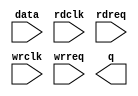
// megafunction wizard: %FIFO%VBB%
// GENERATION: STANDARD
// VERSION: WM1.0
// MODULE: dcfifo 

// ============================================================
// Megafunction Name(s):
// 			dcfifo
//
// Simulation Library Files(s):
// 			
// ============================================================
// ************************************************************
// THIS IS A WIZARD-GENERATED FILE. DO NOT EDIT THIS FILE!
//
// 18.1.0 Build 625 09/12/2018 SJ Standard Edition
// ************************************************************

//Copyright (C) 2018  Intel Corporation. All rights reserved.
//Your use of Intel Corporation's design tools, logic functions 
//and other software and tools, and its AMPP partner logic 
//functions, and any output files from any of the foregoing 
//(including device programming or simulation files), and any 
//associated documentation or information are expressly subject 
//to the terms and conditions of the Intel Program License 
//Subscription Agreement, the Intel Quartus Prime License Agreement,
//the Intel FPGA IP License Agreement, or other applicable license
//agreement, including, without limitation, that your use is for
//the sole purpose of programming logic devices manufactured by
//Intel and sold by Intel or its authorized distributors.  Please
//refer to the applicable agreement for further details.

module fifo_gtx_adc (
	data,
	rdclk,
	rdreq,
	wrclk,
	wrreq,
	q);

	input	[79:0]  data;
	input	  rdclk;
	input	  rdreq;
	input	  wrclk;
	input	  wrreq;
	output	[79:0]  q;

endmodule

// ============================================================
// CNX file retrieval info
// ============================================================
// Retrieval info: PRIVATE: AlmostEmpty NUMERIC "0"
// Retrieval info: PRIVATE: AlmostEmptyThr NUMERIC "-1"
// Retrieval info: PRIVATE: AlmostFull NUMERIC "0"
// Retrieval info: PRIVATE: AlmostFullThr NUMERIC "-1"
// Retrieval info: PRIVATE: CLOCKS_ARE_SYNCHRONIZED NUMERIC "1"
// Retrieval info: PRIVATE: Clock NUMERIC "4"
// Retrieval info: PRIVATE: Depth NUMERIC "32"
// Retrieval info: PRIVATE: Empty NUMERIC "1"
// Retrieval info: PRIVATE: Full NUMERIC "1"
// Retrieval info: PRIVATE: INTENDED_DEVICE_FAMILY STRING "Arria V"
// Retrieval info: PRIVATE: LE_BasedFIFO NUMERIC "0"
// Retrieval info: PRIVATE: LegacyRREQ NUMERIC "0"
// Retrieval info: PRIVATE: MAX_DEPTH_BY_9 NUMERIC "0"
// Retrieval info: PRIVATE: OVERFLOW_CHECKING NUMERIC "0"
// Retrieval info: PRIVATE: Optimize NUMERIC "2"
// Retrieval info: PRIVATE: RAM_BLOCK_TYPE NUMERIC "0"
// Retrieval info: PRIVATE: SYNTH_WRAPPER_GEN_POSTFIX STRING "0"
// Retrieval info: PRIVATE: UNDERFLOW_CHECKING NUMERIC "0"
// Retrieval info: PRIVATE: UsedW NUMERIC "1"
// Retrieval info: PRIVATE: Width NUMERIC "80"
// Retrieval info: PRIVATE: dc_aclr NUMERIC "0"
// Retrieval info: PRIVATE: diff_widths NUMERIC "0"
// Retrieval info: PRIVATE: msb_usedw NUMERIC "0"
// Retrieval info: PRIVATE: output_width NUMERIC "80"
// Retrieval info: PRIVATE: rsEmpty NUMERIC "0"
// Retrieval info: PRIVATE: rsFull NUMERIC "0"
// Retrieval info: PRIVATE: rsUsedW NUMERIC "0"
// Retrieval info: PRIVATE: sc_aclr NUMERIC "0"
// Retrieval info: PRIVATE: sc_sclr NUMERIC "0"
// Retrieval info: PRIVATE: wsEmpty NUMERIC "0"
// Retrieval info: PRIVATE: wsFull NUMERIC "0"
// Retrieval info: PRIVATE: wsUsedW NUMERIC "0"
// Retrieval info: LIBRARY: altera_mf altera_mf.altera_mf_components.all
// Retrieval info: CONSTANT: INTENDED_DEVICE_FAMILY STRING "Arria V"
// Retrieval info: CONSTANT: LPM_NUMWORDS NUMERIC "32"
// Retrieval info: CONSTANT: LPM_SHOWAHEAD STRING "ON"
// Retrieval info: CONSTANT: LPM_TYPE STRING "dcfifo"
// Retrieval info: CONSTANT: LPM_WIDTH NUMERIC "80"
// Retrieval info: CONSTANT: LPM_WIDTHU NUMERIC "5"
// Retrieval info: CONSTANT: OVERFLOW_CHECKING STRING "ON"
// Retrieval info: CONSTANT: RDSYNC_DELAYPIPE NUMERIC "3"
// Retrieval info: CONSTANT: UNDERFLOW_CHECKING STRING "ON"
// Retrieval info: CONSTANT: USE_EAB STRING "ON"
// Retrieval info: CONSTANT: WRSYNC_DELAYPIPE NUMERIC "3"
// Retrieval info: USED_PORT: data 0 0 80 0 INPUT NODEFVAL "data[79..0]"
// Retrieval info: USED_PORT: q 0 0 80 0 OUTPUT NODEFVAL "q[79..0]"
// Retrieval info: USED_PORT: rdclk 0 0 0 0 INPUT NODEFVAL "rdclk"
// Retrieval info: USED_PORT: rdreq 0 0 0 0 INPUT NODEFVAL "rdreq"
// Retrieval info: USED_PORT: wrclk 0 0 0 0 INPUT NODEFVAL "wrclk"
// Retrieval info: USED_PORT: wrreq 0 0 0 0 INPUT NODEFVAL "wrreq"
// Retrieval info: CONNECT: @data 0 0 80 0 data 0 0 80 0
// Retrieval info: CONNECT: @rdclk 0 0 0 0 rdclk 0 0 0 0
// Retrieval info: CONNECT: @rdreq 0 0 0 0 rdreq 0 0 0 0
// Retrieval info: CONNECT: @wrclk 0 0 0 0 wrclk 0 0 0 0
// Retrieval info: CONNECT: @wrreq 0 0 0 0 wrreq 0 0 0 0
// Retrieval info: CONNECT: q 0 0 80 0 @q 0 0 80 0
// Retrieval info: GEN_FILE: TYPE_NORMAL fifo_gtx_adc.v TRUE
// Retrieval info: GEN_FILE: TYPE_NORMAL fifo_gtx_adc.inc FALSE
// Retrieval info: GEN_FILE: TYPE_NORMAL fifo_gtx_adc.cmp FALSE
// Retrieval info: GEN_FILE: TYPE_NORMAL fifo_gtx_adc.bsf FALSE
// Retrieval info: GEN_FILE: TYPE_NORMAL fifo_gtx_adc_inst.v TRUE
// Retrieval info: GEN_FILE: TYPE_NORMAL fifo_gtx_adc_bb.v TRUE